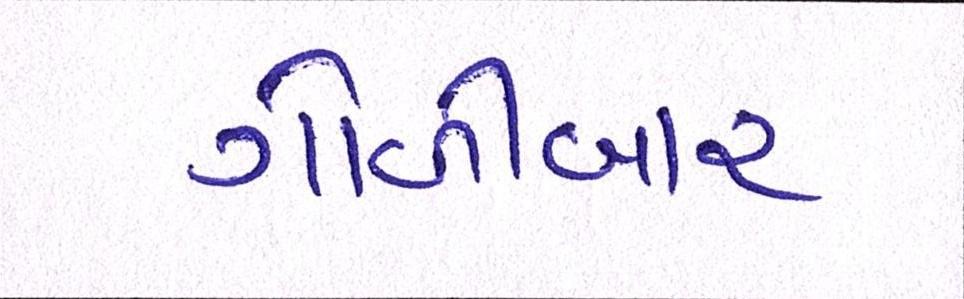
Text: ગોળીબાર